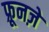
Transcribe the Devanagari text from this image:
फ़्रूनज़े